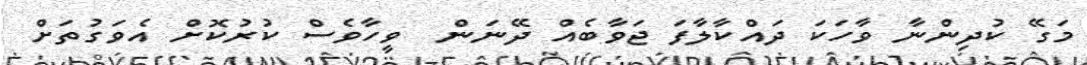
މަގޭ ކުދިންނާ ވާހަކަ ދައްކާލާފަ ޖަވާބެއް ދޭނަން  ވީހާވެސް ކުރުކޮށް އެވަގުތަށް